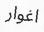
اغوار